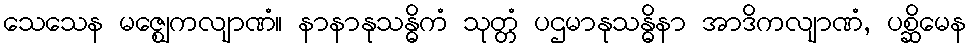
သေသေန မဇ္ဈေကလျာဏံ။ နာနာနုသန္ဓိကံ သုတ္တံ ပဌမာနုသန္ဓိနာ အာဒိကလျာဏံ, ပစ္ဆိမေန